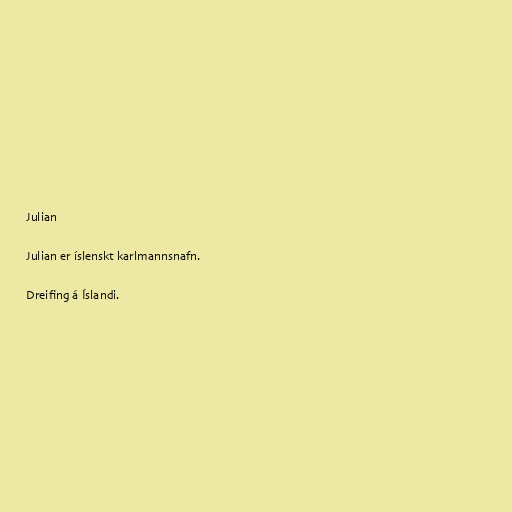
Julian

Julian er íslenskt karlmannsnafn.

Dreifing á Íslandi.